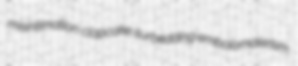
misintimation clapcake surbedding embolomalerism